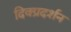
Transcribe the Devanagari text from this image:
दिक्प्रदर्शन